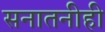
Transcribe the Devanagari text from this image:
सनातनीही